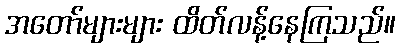
အတော်များများ ထိတ်လန့်နေကြသည်။